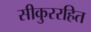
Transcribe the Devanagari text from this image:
सीकुररहित